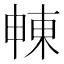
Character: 𣌾